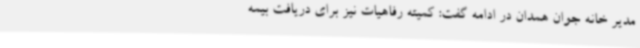
مدیر خانه جوان همدان در ادامه گفت: کمیته رفاهیات نیز برای دریافت بیمه